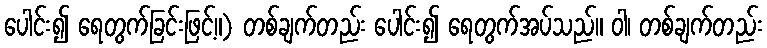
ပေါင်း၍ ရေတွက်ခြင်းဖြင့်။) တစ်ချက်တည်း ပေါင်း၍ ရေတွက်အပ်သည်။ ဝါ၊ တစ်ချက်တည်း